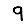
Digit: 9